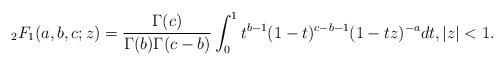
LaTeX: \begin{align*} {}_2F_1(a,b,c;z)= \frac{\Gamma(c)}{\Gamma(b)\Gamma(c-b)}\int_0^1 t^{b-1}(1-t)^{c-b-1}(1-tz)^{-a} dt, |z|< 1.\end{align*}